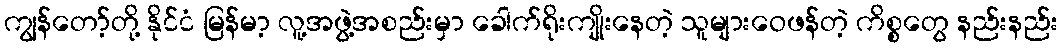
ကျွန်တော့်တို့ နိုင်ငံ မြန်မာ့ လူ့အဖွဲ့အစည်းမှာ ခေါက်ရိုးကျိုးနေတဲ့ သူများဝေဖန်တဲ့ ကိစ္စတွေ နည်းနည်း